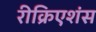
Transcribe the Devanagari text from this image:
रीक्रिएशंस